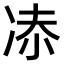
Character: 𠗑